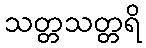
သတ္တသတ္တရိ